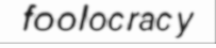
foolocracy